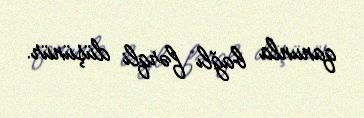
qanunla bağlı fərqli düşünür.